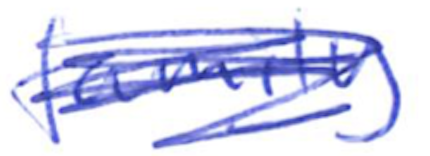
Text: family
Cross-out: scratch
Writing tool: ballpoint